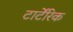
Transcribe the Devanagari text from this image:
टार्टेंरिक